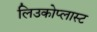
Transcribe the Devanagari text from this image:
लिउकोप्लास्ट